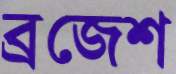
ব্রজেশ